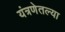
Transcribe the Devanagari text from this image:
यंत्रणेतल्या